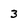
Character: 3